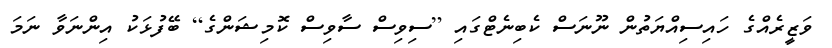
ވަޒީރެއްގެ ހައިސިއްޔަތުން ނޫނަސް ކެބިނެޓްގައި [ސިވިސް ސާވިސް ކޮމިޝަންގެ] ބޭފުޅަކު އިންނަވާ ނަމަ